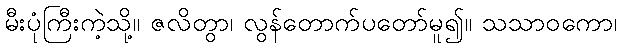
မီးပုံကြီးကဲ့သို့။ ဇလိတွာ၊ လွန်တောက်ပတော်မူ၍။ သသာဝကော၊